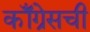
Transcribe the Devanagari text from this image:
कॉँग्रेसची